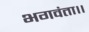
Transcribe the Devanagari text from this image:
भगवंता।।